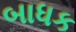
બાધક